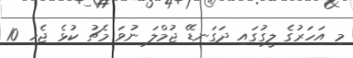
މި އަހަރުގެ ލީގުގައި ދަގަނޑޭ ޖުމްލަ ނުވަ މެޗު ކުޅެ ޖެހި 10